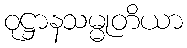
ဝုဋ္ဌာနသမ္မုတိယာ